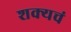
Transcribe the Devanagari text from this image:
शक्यचं